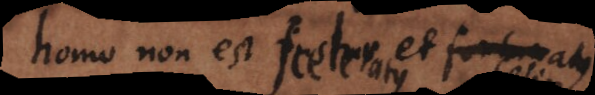
homo non est justus et fortunatus